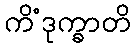
ကိံဒုက္ခာတိ